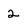
Character: 2